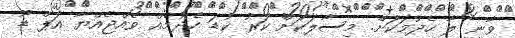
ވާނީ ލާ ހެދުމަކަށް. މިސާލަކަށް ކަރު ކުޑަ ހެދުމެއް ވެއްޖެއްޔާ އަޕް ޑޫ